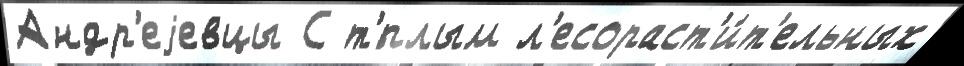
Андр'еjевцы С т'́плым л'есораст'и́т'ельных